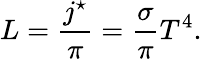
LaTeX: L={\frac{j^{\star}}{\pi}}={\frac{\sigma}{\pi}}T^{4}.